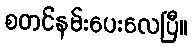
စတင်နမ်းပေးလေပြီ။